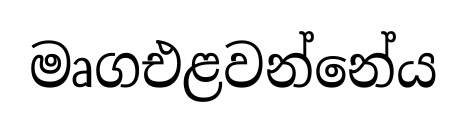
මෘගඑළවන්නේය